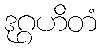
ဒုဂ္ဂဟိတံ